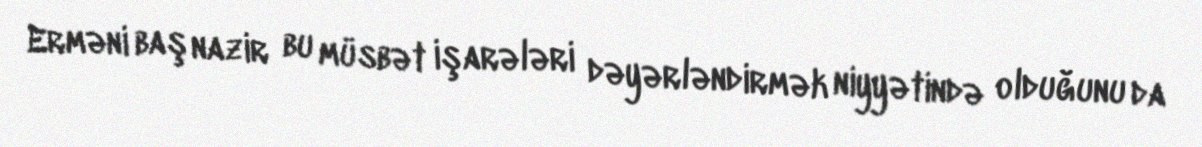
Erməni baş nazir bu müsbət işarələri dəyərləndirmək niyyətində olduğunu da